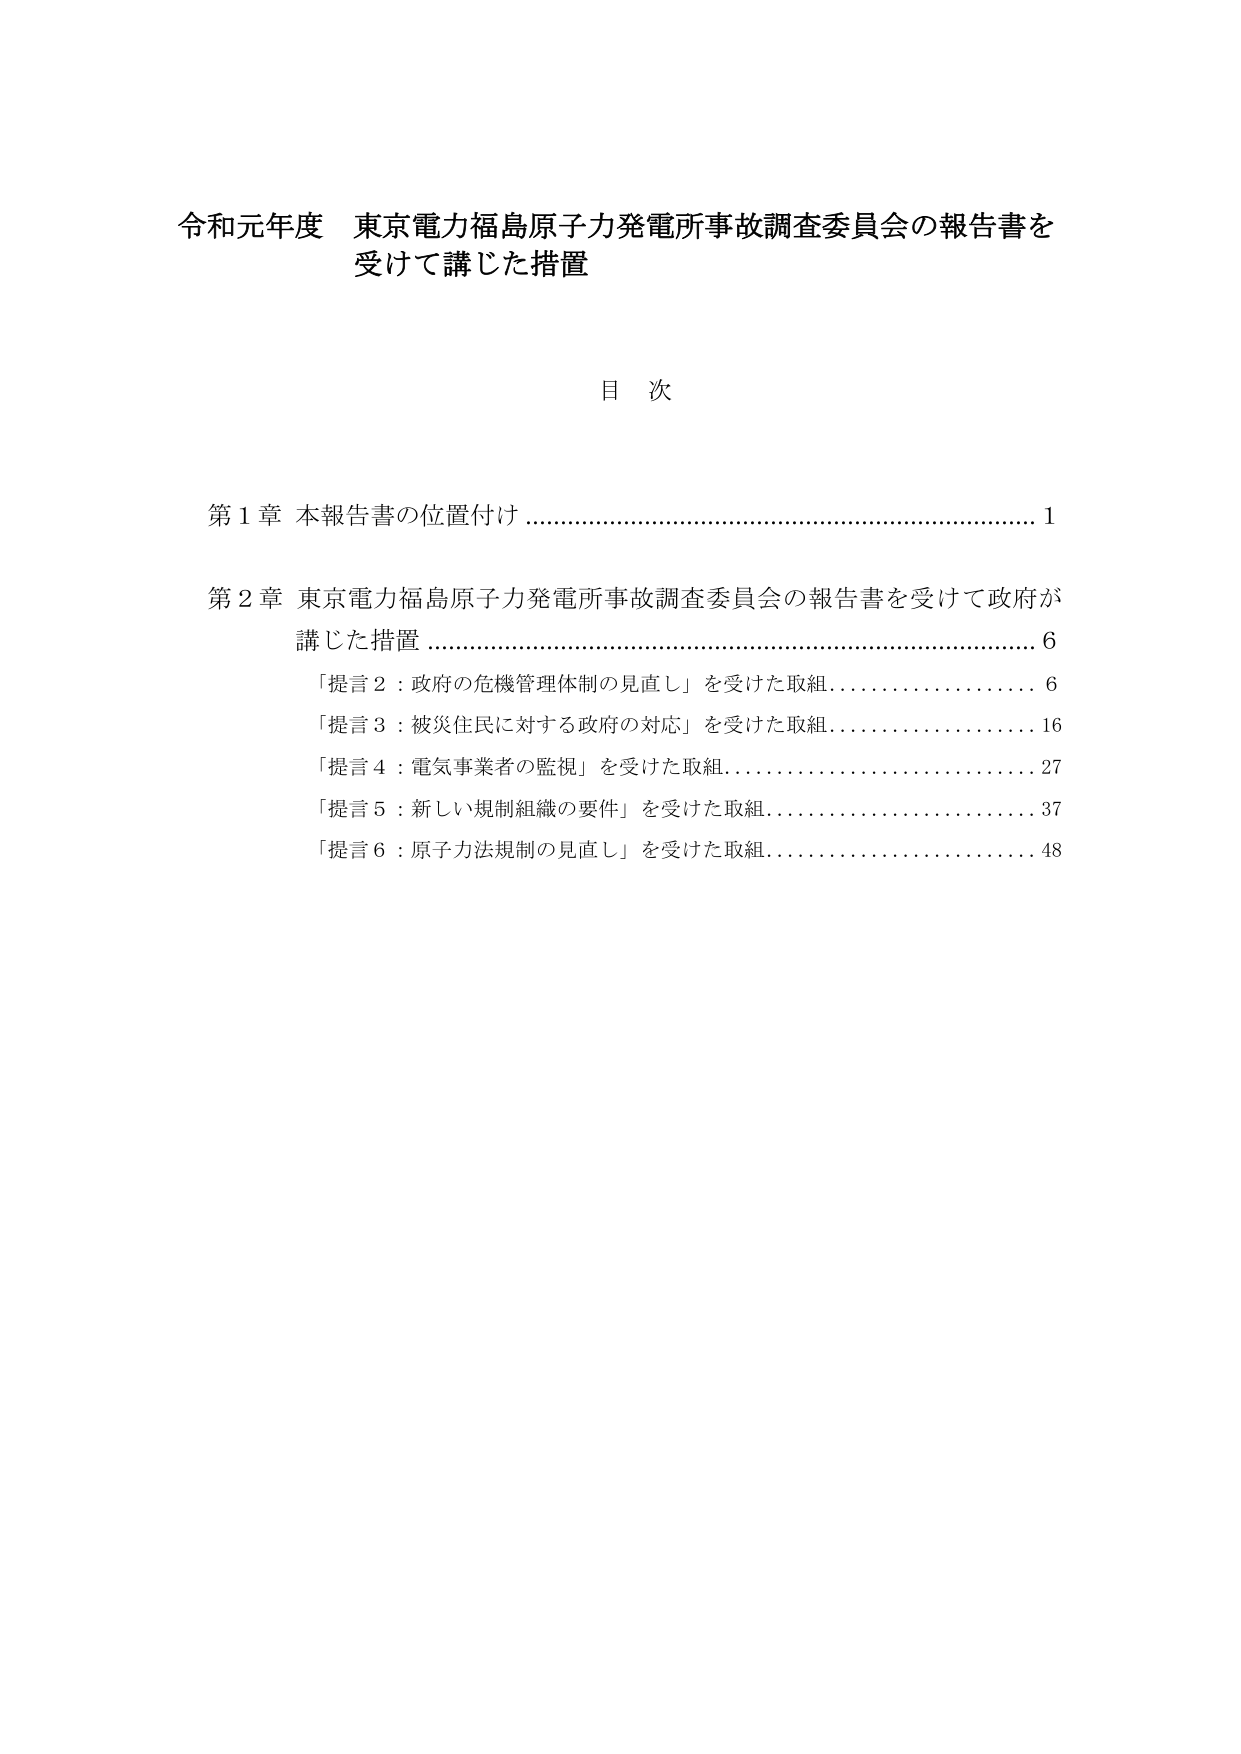
令和元年度 東京電力福島原子力発電所事故調査委員会の報告書を
受けて講じた措置

目 次

第１章 本報告書の位置付け …………………………………………………… 1

第２章 東京電力福島原子力発電所事故調査委員会の報告書を受けて政府が
講じた措置 …………………………………………………………………… 6
「提言２：政府の危機管理体制の見直し」を受けた取組 …………………… 6
「提言３：被災住民に対する政府の対応」を受けた取組 …………………… 16
「提言４：電気事業者の監視」を受けた取組 ……………………………… 27
「提言５：新しい規制組織の要件」を受けた取組 ………………………… 37
「提言６：原子力法規制の見直し」を受けた取組 ………………………… 48